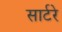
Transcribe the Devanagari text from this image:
सार्टरे